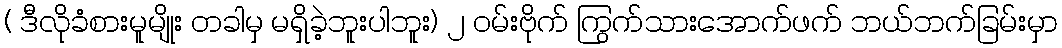
( ဒီလိုခံစားမူမျိုး တခါမှ မရှိခဲ့ဘူးပါဘူး) ၂ ဝမ်းဗိုက် ကြွက်သားအောက်ဖက် ဘယ်ဘက်ခြမ်းမှာ